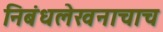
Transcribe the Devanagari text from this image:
निबंधलेखनाचाच